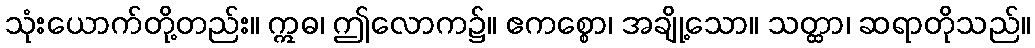
သုံးယောက်တို့တည်း။ ဣဓ၊ ဤလောက၌။ ဧကစ္စော၊ အချို့သော။ သတ္ထာ၊ ဆရာတိုသည်။